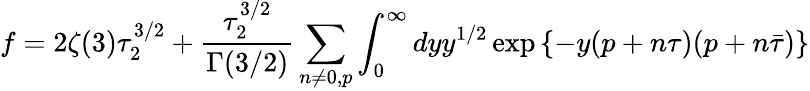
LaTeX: f=2\zeta(3)\tau_{2}^{3/2}+{\frac{\tau_{2}^{3/2}}{\Gamma(3/2)}}\sum_{n\neq 0,p}\int_{0}^{\infty}dyy^{1/2}\exp\left\{ -y(p+n\tau)(p+n\bar{\tau})\right\}